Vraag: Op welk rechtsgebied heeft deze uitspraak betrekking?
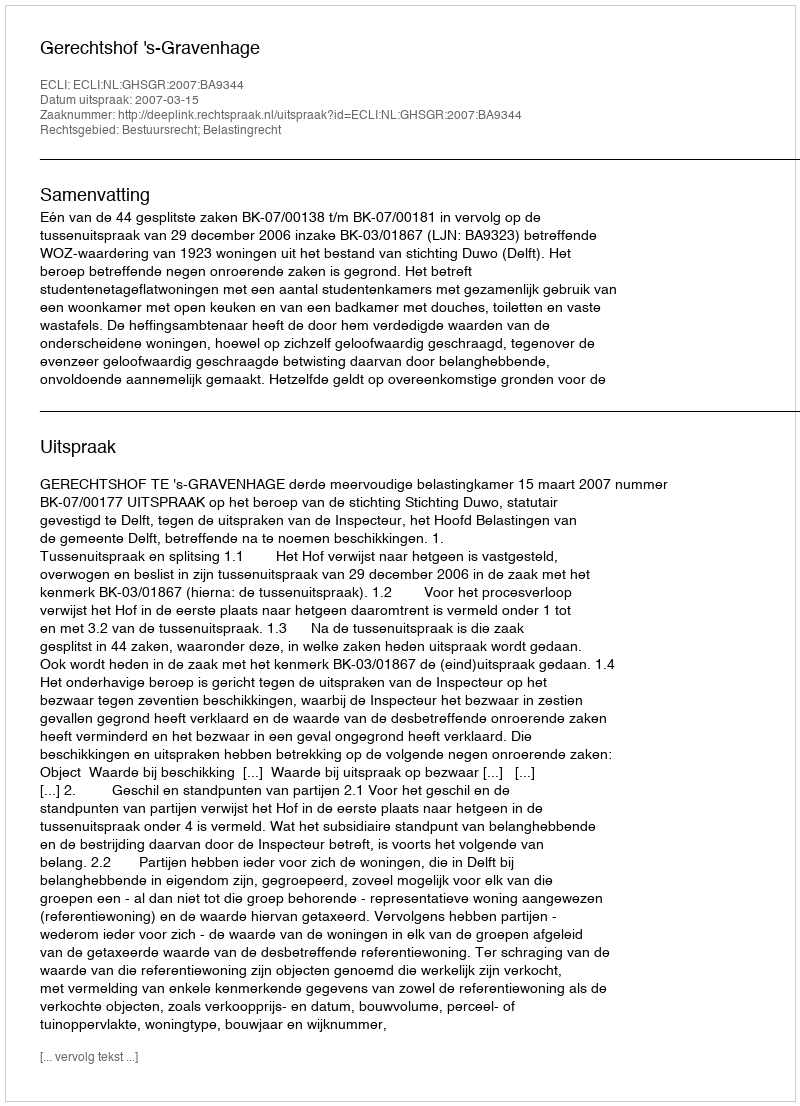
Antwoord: Bestuursrecht; Belastingrecht